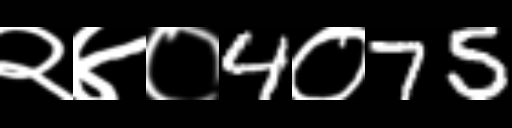
Text: २४०4०75